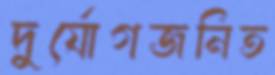
দুর্যোগজনিত